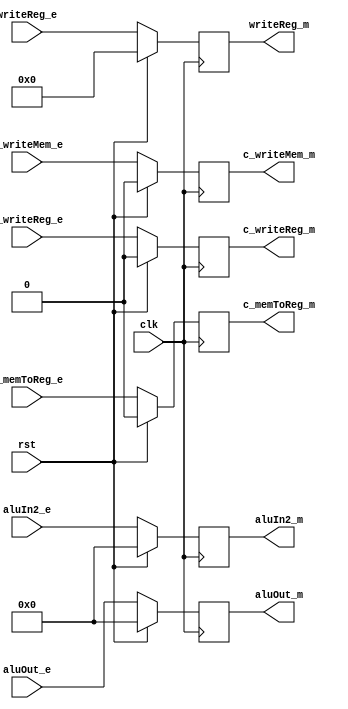
`timescale 1ns / 1ps
//////////////////////////////////////////////////////////////////////////////////
// Company: 
// Engineer: 
// 
// Design Name: 
// Module Name: ex_mem
// Project Name: 
// Target Devices: 
// Tool Versions: 
// Description: 
// 
// Dependencies: 
// 
// Revision:
// Revision 0.01 - File Created
// Additional Comments:
// 
//////////////////////////////////////////////////////////////////////////////////


module ex_mem(
    input clk,rst,c_writeReg_e,c_writeMem_e,c_memToReg_e,
    input [31:0] aluOut_e,aluIn2_e,
    input [4:0] writeReg_e,
    output reg c_writeReg_m,c_writeMem_m,c_memToReg_m,
    output reg [31:0] aluOut_m,aluIn2_m,
    output reg [4:0] writeReg_m
    );
    
    initial
    begin
        c_writeReg_m<=0;
        c_writeMem_m<=0;
        c_memToReg_m<=0;
        aluOut_m<=0;
        aluIn2_m<=0;
        writeReg_m<=0;
    end
    
    always@(posedge clk)
    begin
        if(rst)
        begin
            c_writeReg_m<=0;
            c_writeMem_m<=0;
            c_memToReg_m<=0;
            aluOut_m<=0;
            aluIn2_m<=0;
            writeReg_m<=0;
        end
        else
        begin
            c_writeReg_m<=c_writeReg_e;
            c_writeMem_m<=c_writeMem_e;
            c_memToReg_m<=c_memToReg_e;
            aluOut_m<=aluOut_e;
            aluIn2_m<=aluIn2_e;
            writeReg_m<=writeReg_e;
        end
    end
endmodule